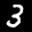
Label: 3